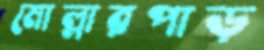
মোল্লারপাড়